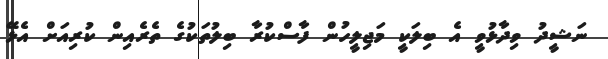
ނަޝީދު ވިދާޅުވީ އެ ބިލަކީ މަޖިލީހުން ފާސްކުރާ ބިލުތަކުގެ ތެރެއިން ކުރިއަށް އެޅޭ